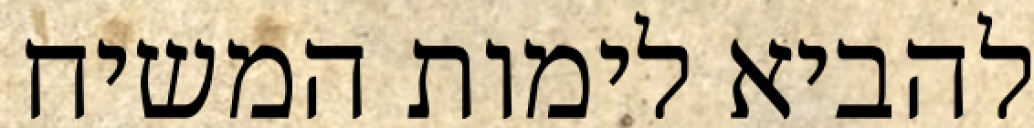
להביא לימות המשיח